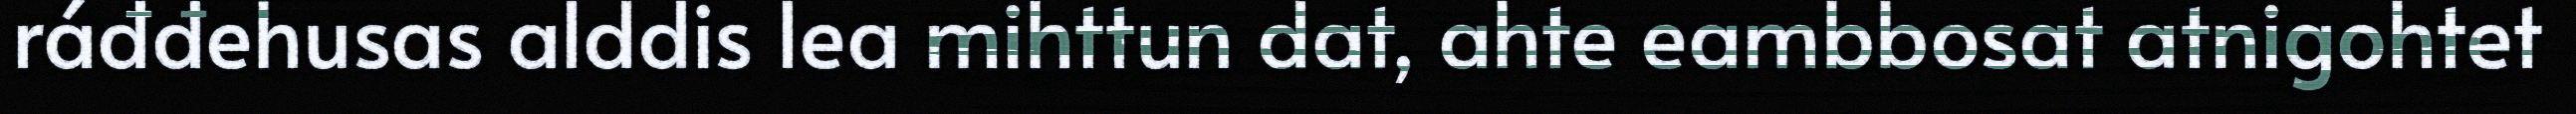
ráđđehusas alddis lea mihttun dat, ahte eambbosat atnigohtet